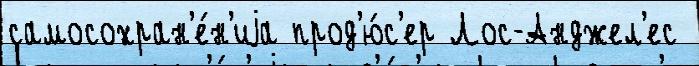
самосохран'е́н'иjа прод'ю́с'ер Лос-Анджел'ес